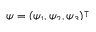
\smash { \psi = ( \psi _ { 1 } , \psi _ { 2 } , \psi _ { 3 } ) ^ { \intercal } }